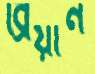
ব্রিয়ান